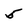
Character: 5